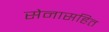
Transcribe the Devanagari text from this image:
सेनासहित